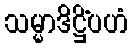
သမ္မာဒိဋ္ဌိံပဟံ